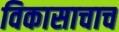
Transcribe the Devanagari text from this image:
विकासाचाच